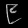
Digit: ၉